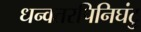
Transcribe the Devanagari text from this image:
धन्वतरपिनिघंटु